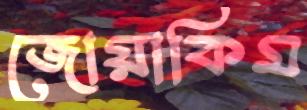
জোয়াকিম